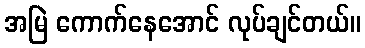
အမြဲ ကောက်နေအောင် လုပ်ချင်တယ်။